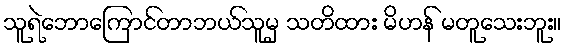
သူရဲဘောကြောင်တာဘယ်သူမှ သတိထား မိဟန် မတူသေးဘူး။